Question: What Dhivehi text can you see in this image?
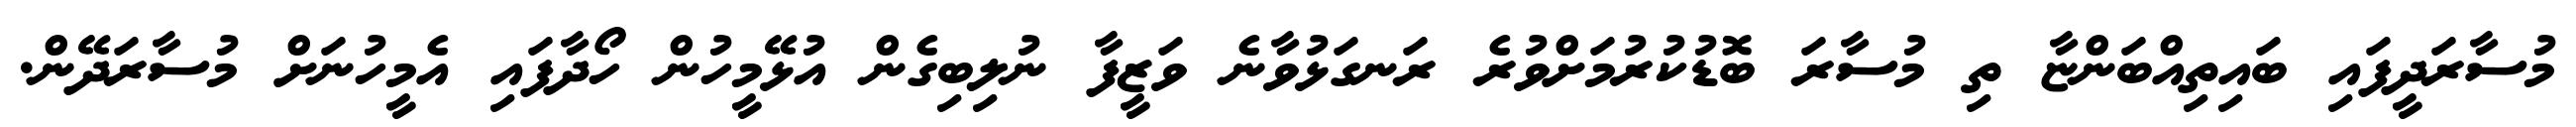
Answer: މުސާރަދީފައި ބައިތިއްބަންޏާ ތި މުސާރަ ބޮޑުކުރުމަށްވުރެ ރަނގަޅުވާނެ ވަޒީފާ ނުލިބިގެން އުޅޭމީހުން ހޯދާފައި އެމީހުނަށް މުސާރަދޭން.